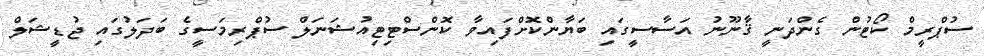
ސުޕްރީމް ކޯޓުން ގެންދަނީ ޤާނޫނު އަސާސީގައި ބަޔާންކޮށްފައިވާ ކޮންސްޓިޓިއުޝަނަލް ސުޕްރިމަސީގެ ބަދަލުގައި ޖުޑީޝަލް